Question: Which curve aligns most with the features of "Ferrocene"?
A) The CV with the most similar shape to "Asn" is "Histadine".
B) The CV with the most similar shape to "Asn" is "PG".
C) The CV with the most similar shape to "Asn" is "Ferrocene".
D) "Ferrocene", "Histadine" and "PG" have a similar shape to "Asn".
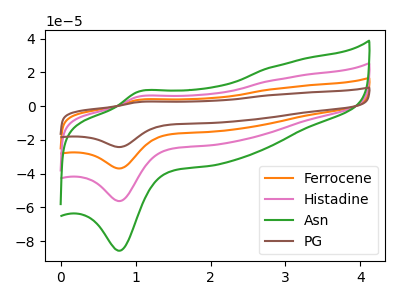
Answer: <think>The orange curve "Ferrocene" has an anodic peak at (1.05V, 11.15uA) and a cathodic peak at (0.80V, -112.45uA). The pink curve "Histadine" has an anodic peak at (1.05V, 5.60uA) and a cathodic peak at (0.80V, -56.20uA). The green curve "Asn" has an anodic peak at (1.05V, 8.50uA) and a cathodic peak at (0.80V, -85.60uA). The brown curve "PG" has an anodic peak at (1.05V, 16.75uA) and a cathodic peak at (0.80V, -168.65uA).
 All the peaks in "Ferrocene" have a peak in "Histadine" at the same potential. Every peak in "Ferrocene" is higher than every peak in "Histadine". All the peaks in "Ferrocene" have a peak in "Asn" at the same potential. Every peak in "Ferrocene" is higher than every peak in "Asn". All the peaks in "Ferrocene" have a peak in "PG" at the same potential. Every peak in "Ferrocene" is lower than every peak in "PG". All the peaks in "Histadine" have a peak in "Asn" at the same potential. Every peak in "Histadine" is lower than every peak in "Asn". All the peaks in "Histadine" have a peak in "PG" at the same potential. Every peak in "Histadine" is lower than every peak in "PG". All the peaks in "Asn" have a peak in "PG" at the same potential. Every peak in "Asn" is lower than every peak in "PG".</think>
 <answer>D) "Ferrocene", "Histadine" and "PG" have a similar shape to "Asn".</answer>
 <eval>D</eval>